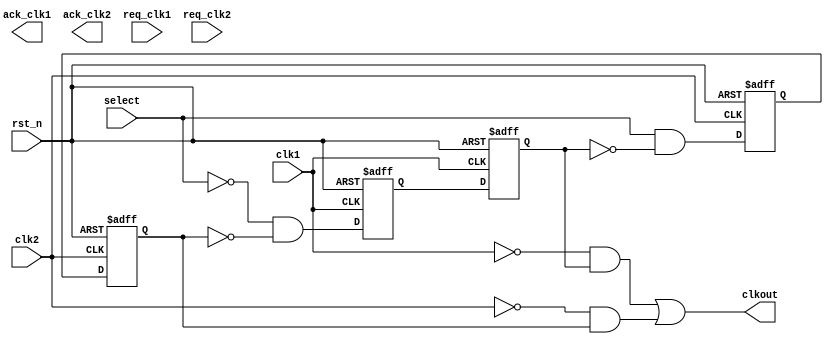
module clock_selector (/*AUTOARG*/
   // Outputs
   ack_clk1, ack_clk2, clkout,
   // Inputs
   clk1, clk2, req_clk1, req_clk2, select, rst_n
   );

   input clk1;
   input clk2;

   input req_clk1;
   output ack_clk1;

   input req_clk2;
   output ack_clk2;

   output clkout;
   input  select; // To be removed

   input  rst_n; // Fixme - synchronized reset for clk1/clk2 is needed (or a POR like reset)



   /*AUTOINPUT*/
   /*AUTOOUTPUT*/

   /*AUTOREG*/
   // Beginning of automatic regs (for this module's undeclared outputs)
   reg                  ack_clk1;
   reg                  ack_clk2;
   // End of automatics
   /*AUTOWIRE*/

   // for now a very simple implementation without the arbitration done correctly


   wire   select; // 0 : clk1, 1 : clk2
   wire    select1_a;
   reg    select1_m;
   reg    select1_r;
   wire   select2_a;
   reg    select2_m;
   reg    select2_r;
   wire   clkout;

   assign select1_a = !select &!select2_r;
   assign select2_a = select &!select1_r;


   // We use posedge DFFs
   always @(posedge clk1 or negedge rst_n) begin
      if(rst_n == 1'b0) begin
         /*AUTORESET*/
         // Beginning of autoreset for uninitialized flops
         select1_m <= 1'h0;
         select1_r <= 1'h0;
         // End of automatics
      end
      else begin
         select1_m <= select1_a;
         select1_r <= select1_m;

      end
   end


   always @(posedge clk2 or negedge rst_n) begin
      if(rst_n == 1'b0) begin
         /*AUTORESET*/
         // Beginning of autoreset for uninitialized flops
         select2_m <= 1'h0;
         select2_r <= 1'h0;
         // End of automatics
      end
      else begin
         select2_m <= select2_a;
         select2_r <= select2_m;
      end
   end

   // we use posedge FF above, so we have to be carefull
   assign clkout = ((!clk1 & select1_r) |  (!clk2 & select2_r));



endmodule